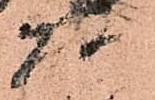
頭